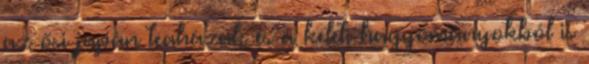
az ősi japán teaházak és a keleti hagyományokból is